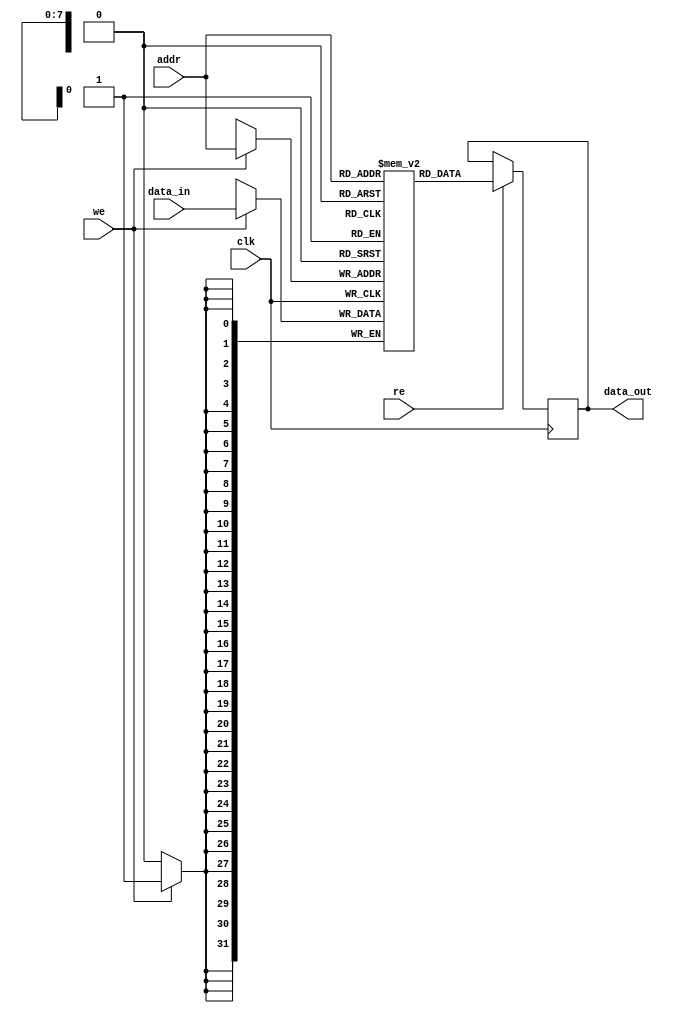
module LocalScratchpadMemory #(
    parameter DATA_WIDTH = 32,         // Width of data (e.g., 8, 16, 32, 64 bits)
    parameter ADDR_WIDTH = 8,          // Depth of memory (2^ADDR_WIDTH locations)
    parameter INIT_FILE = ""            // Optional initialization file
)(
    input wire clk,                    // Clock signal
    input wire [ADDR_WIDTH-1:0] addr, // Address input
    input wire [DATA_WIDTH-1:0] data_in, // Data input
    input wire we,                     // Write enable
    input wire re,                     // Read enable
    output reg [DATA_WIDTH-1:0] data_out // Data output
);

    // Memory array declaration
    reg [DATA_WIDTH-1:0] mem [0:(1 << ADDR_WIDTH)-1];

    // Initialize memory from a file if provided
    initial begin
        if (INIT_FILE != "") begin
            $readmemh(INIT_FILE, mem);
        end
    end

    // Read and Write operations
    always @(posedge clk) begin
        if (we) begin
            mem[addr] <= data_in; // Write data to memory
        end
        if (re) begin
            data_out <= mem[addr]; // Read data from memory
        end
    end

endmodule